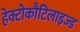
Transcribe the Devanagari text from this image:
हेक्टोकौटिलाइज्ड